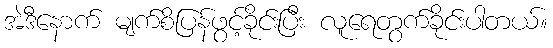
အဲဒီနောက် မျက်စိပြန်ဖွင့်ခိုင်းပြီး လူရေတွက်ခိုင်းပါတယ်။